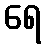
ရေ